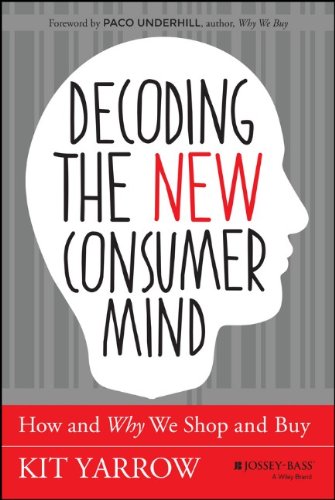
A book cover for Decoding the New Consumer Mind: How and Why We Shop and Buy; Kit Yarrow; Business & Money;